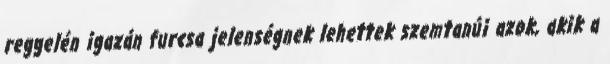
reggelén igazán furcsa jelenségnek lehettek szemtanúi azok, akik a